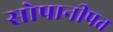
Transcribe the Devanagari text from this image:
सोपानीपत